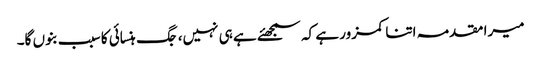
میرا مقدمہ اتنا کمزور ہے کہ سمجھئے ہے ہی نہیں، جگ ہنسائی کا سبب بنوں گا۔